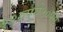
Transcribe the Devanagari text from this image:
१२रुपये५०पेसे